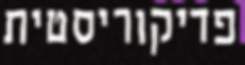
פדיקוריסטית